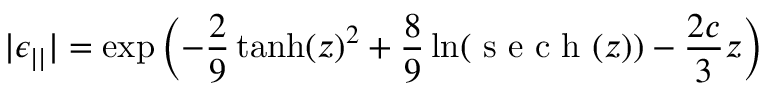
| \epsilon _ { | | } | = \exp \left( - \frac { 2 } { 9 } \operatorname { t a n h } ( z ) ^ { 2 } + \frac { 8 } { 9 } \ln ( \textrm { s e c h } ( z ) ) - \frac { 2 c } { 3 } z \right)